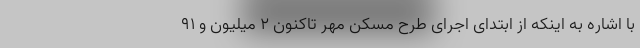
با اشاره به اینکه از ابتدای اجرای طرح مسکن مهر تاکنون ۲ میلیون و ۹۱